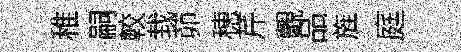
稚嗣較㘽茆穂芹覿品旌庭